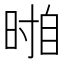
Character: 𱢐